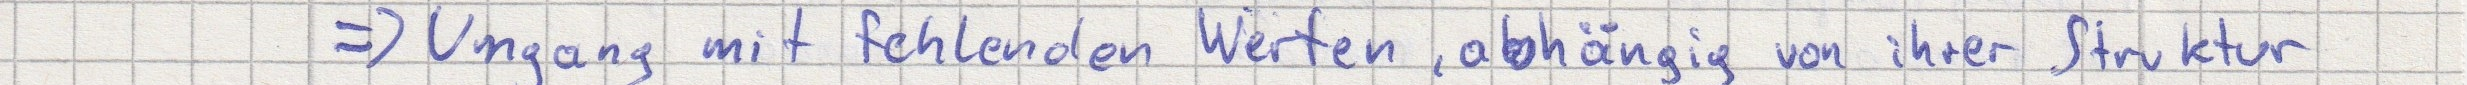
=> Umgang mit fehlenden Werten, abhängig von ihrer Struktur